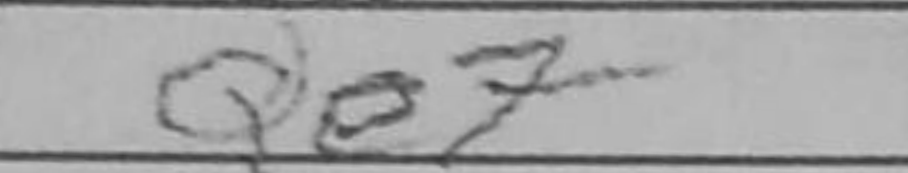
Transcription: Qe7